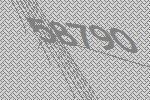
58790